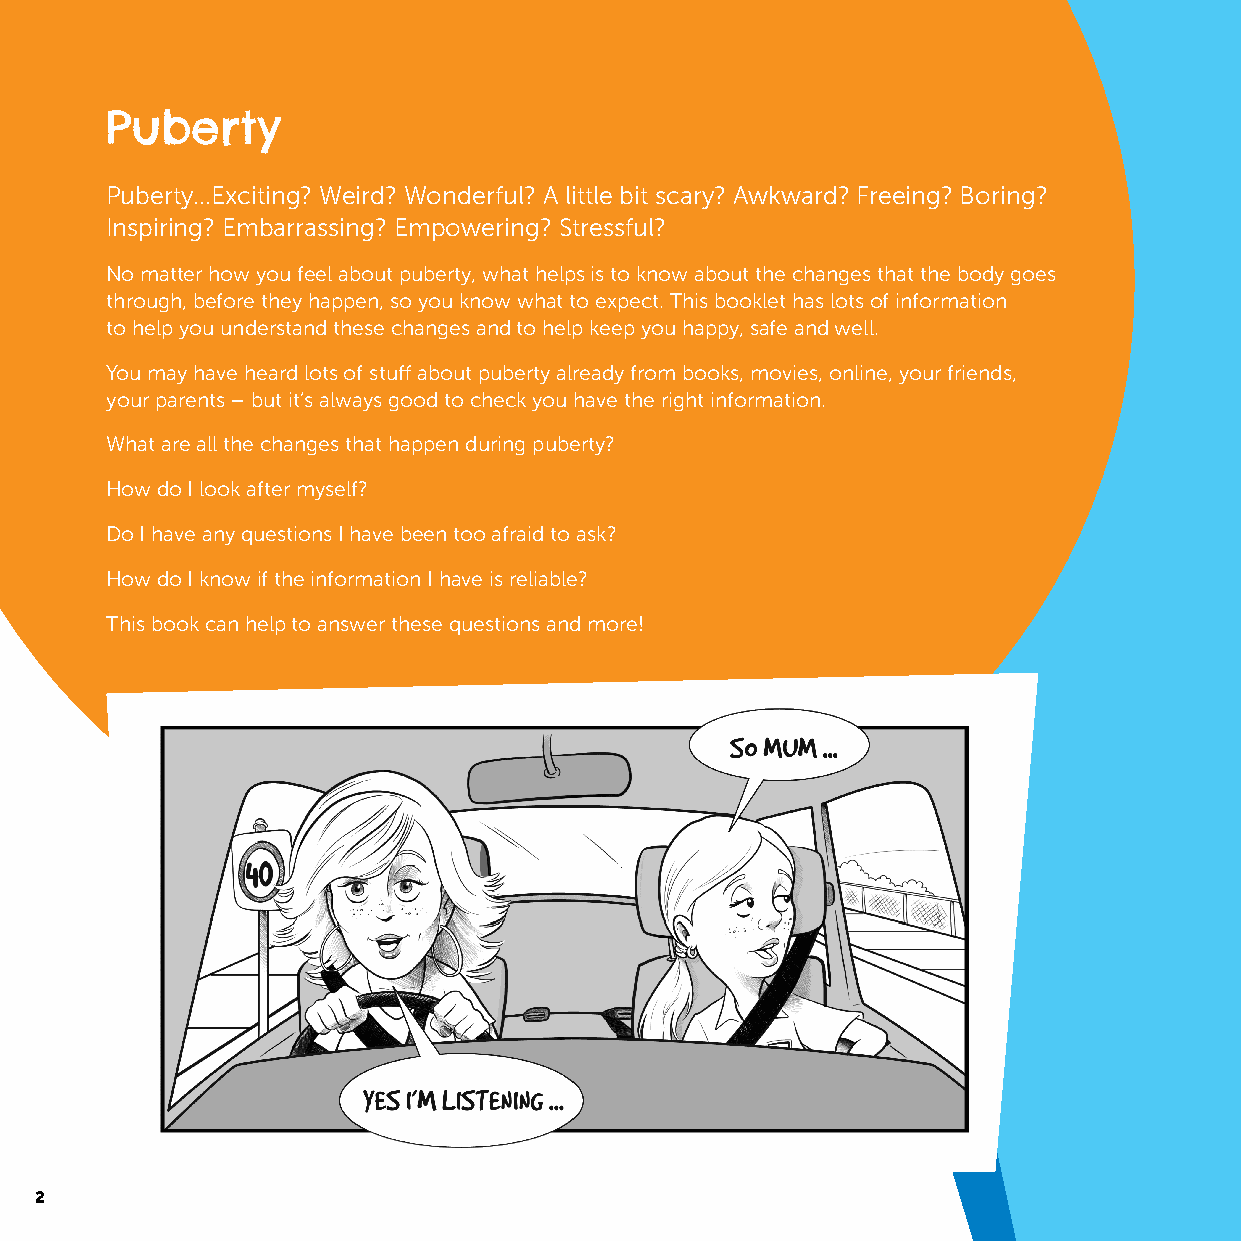
Puberty
 Puberty…Exciting? Weird? Wonderful? A little bit scary? Awkward? Freeing? Boring?
 Inspiring? Embarrassing? Empowering? Stressful?
 No matter how you feel about puberty, what helps is to know about the changes that the body goes
 through, before they happen, so you know what to expect. This booklet has lots of information
 to help you understand these changes and to help keep you happy, safe and well.
 You may have heard lots of stuff about puberty already from books, movies, online, your friends,
 your parents – but it’s always good to check you have the right information.
 What are all the changes that happen during puberty?
 How do I look after myself?
 Do I have any questions I have been too afraid to ask?
 How do I know if the information I have is reliable?
 This book can help to answer these questions and more!
 2